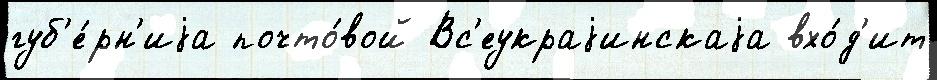
губ'е́рн'иjа почто́вой Вс'еукраjинскаjа вхо́д'ит